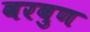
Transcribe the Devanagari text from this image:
वरबुण